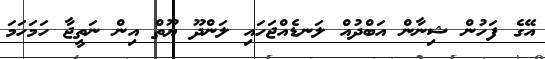
އޭގެ ފަހުން ޝިނާން އަބްދުއް ލަނޑެއްޖަހައި ލަންދޫ ޔޫތް އިން ނަތީޖާ ހަމަހަމަ